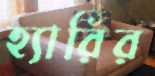
হ্যারির